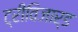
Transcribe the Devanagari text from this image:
ट्रीविजार्ड